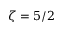
\zeta = 5 / 2